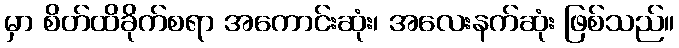
မှာ စိတ်ထိခိုက်စရာ အကောင်းဆုံး၊ အလေးနက်ဆုံး ဖြစ်သည်။